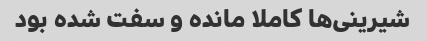
شیرینی‌ها کاملا مانده و سفت شده بود